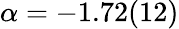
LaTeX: \alpha=-1.72(12)